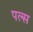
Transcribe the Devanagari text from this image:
पल्‍स